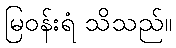
မြဝန်းရံ သိသည်။